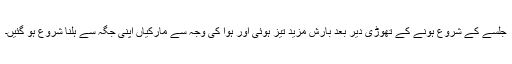
جلسے کے شروع ہونے کے تھوڑی دیر بعد بارش مزید تیز ہوئی اور ہوا کی وجہ سے مارکیاں اپنی جگہ سے ہلنا شروع ہو گئیں۔